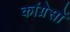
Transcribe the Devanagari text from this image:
कांग्रेसों